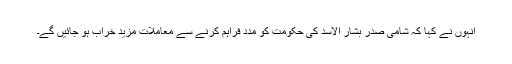
انہوں نے کہا کہ شامی صدر بشار الاسد کی حکومت کو مدد فراہم کرنے سے معاملات مزید خراب ہو جائیں گے۔